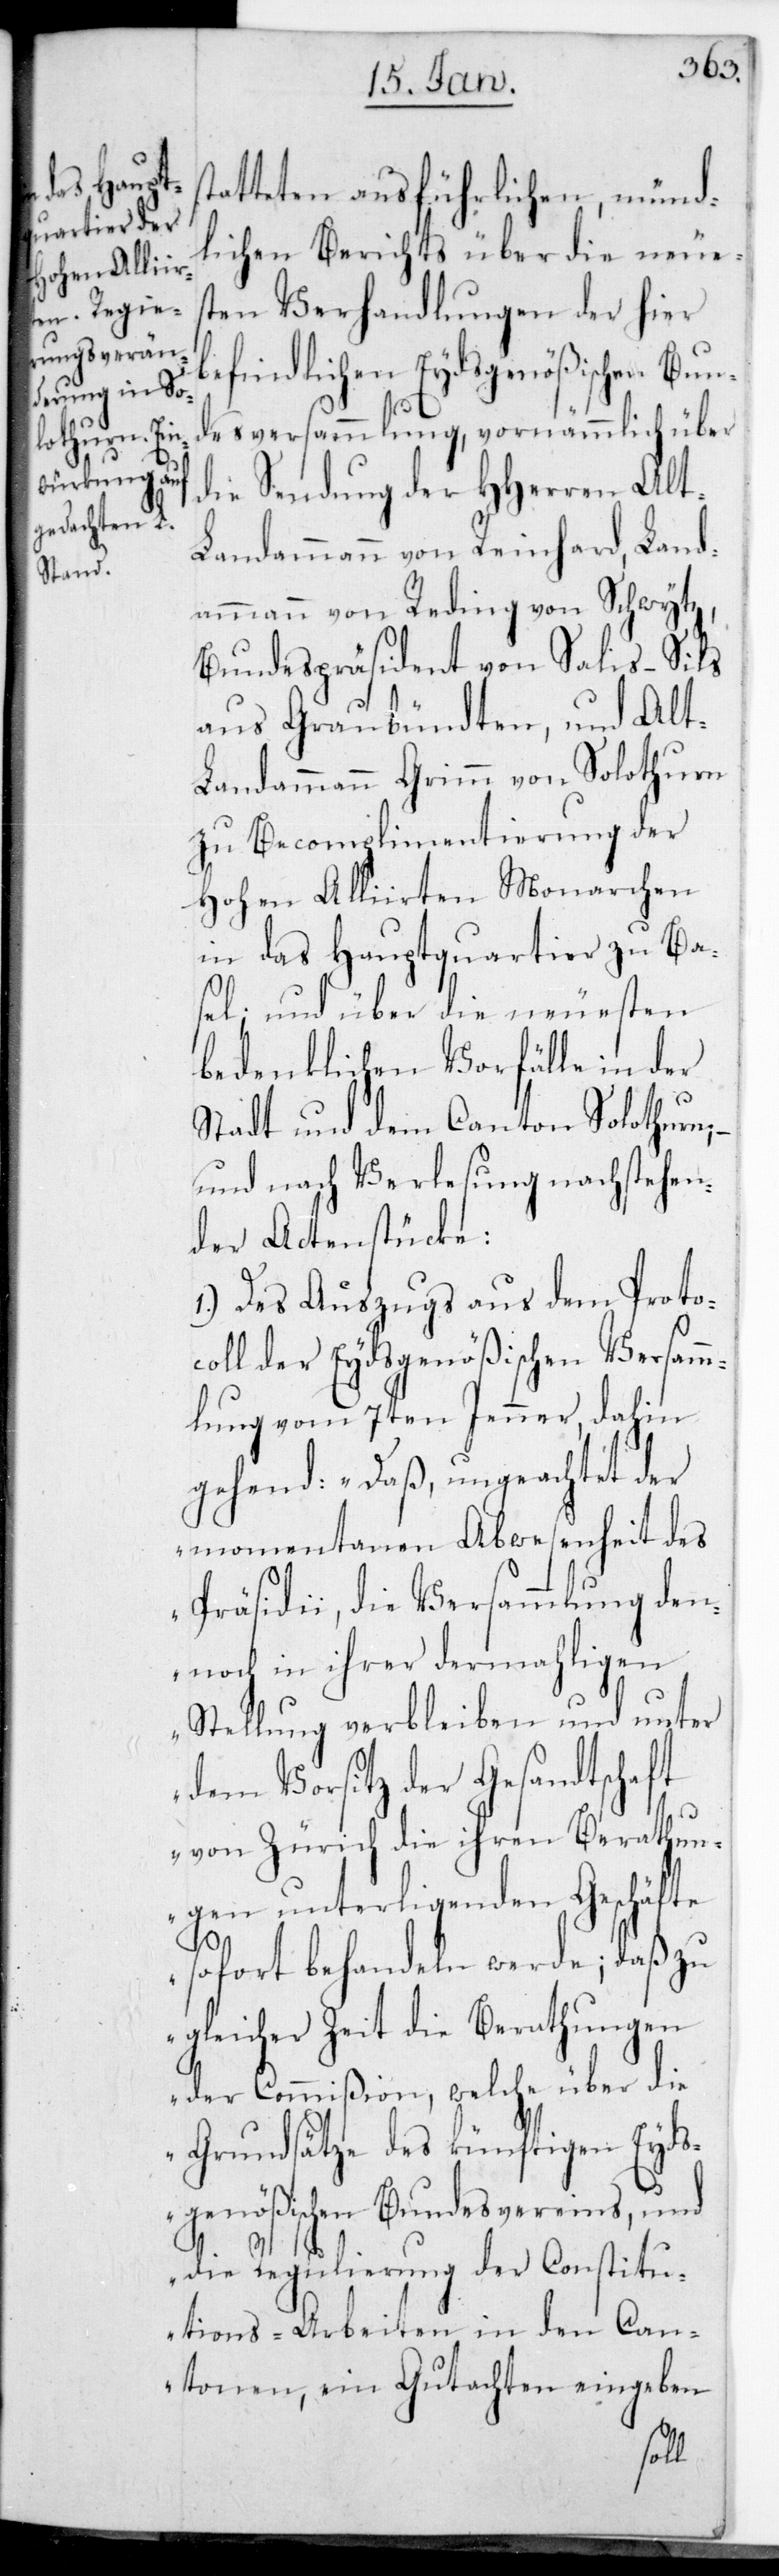
tatteten ausführlichen, münd¬
lichen Berichts über die neues¬
ten Verhandlungen der hier
befindlichen Eydsgenößischen Bund¬
esversammlung, vornehmlich über
die Sendung der HHerren alt
Landammann von Reinhard, Land¬
ammann von Reding von Schwytz,
Bundespräsident von Salis-Sils
aus Graubündten, und Alt-L¬
andammann Grimm von Solothurn,
zu Becomplimentierung der
Hohen Alliirten Monarchen
in das Hauptquartier zu Ba¬
sel; und über die neuesten
bedenklichen Vorfälle in der
Stadt und dem Canton Solothurn,
und nach Verlesung nachstehen¬
der Actenstücke:
1.) Des Auszugs aus dem Proto¬
coll der Eydsgenößischen Versamm¬
lung vom 7ten Jenner, dahin
gehend: „Daß ungeachtet der
momentanen Abwesenheit des
Präsidii, die Versammlung den¬
noch in ihrer dermaligen
Stellung verbleiben und unter
dem Vorsitz der Gesandtschaft
von Zürich die ihren Berathun¬
gen unterliegenden Geschäfte
sofort behandeln werde; daß zu
gleicher Zeit die Berathungen
der Commißion, welche über die
Grundsätze des künftigen Eyds¬
genößischen Bundesvereins, und
die Regulierung der Constitu¬
tions-Arbeiten in den Can¬
tonen, ein Gutachten eingeben
s¬